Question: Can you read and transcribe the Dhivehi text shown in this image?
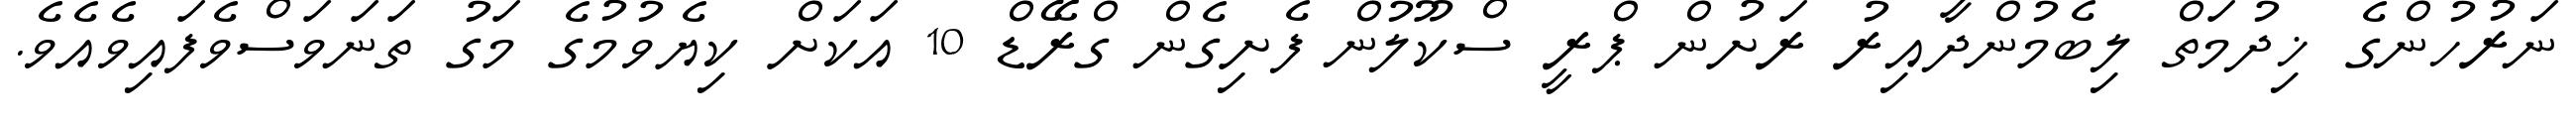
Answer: ނަރުހުންގެ ޚިދުމަތް ލިބެމުންދާއިރު ރަށުން ޕްރީ ސްކޫލުން ފެށިގެން ގްރޭޑް 10 އަކަށް ކިޔެވުމުގެ މަގު ތަނަވަސްވެފައިވެއެވެ.